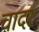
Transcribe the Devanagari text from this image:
चादरं